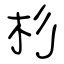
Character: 杉